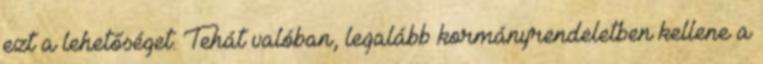
ezt a lehetőséget. Tehát valóban, legalább kormányrendeletben kellene a